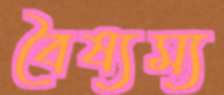
বৈষ্যম্য